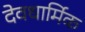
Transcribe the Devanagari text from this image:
देवधार्मिक